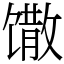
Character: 馓